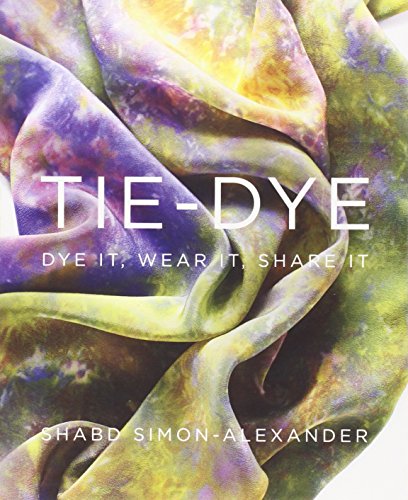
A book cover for Tie-Dye: Dye It, Wear It, Share It; Shabd Simon-Alexander; Crafts, Hobbies & Home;